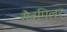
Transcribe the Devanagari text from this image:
सैबमिलर